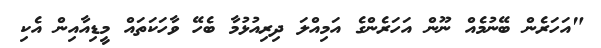
"އަހަރެން ބޭނުމެއް ނޫން އަހަރެންގެ އަމިއްލަ ދިރިއުޅުމާ ބެހޭ ވާހަކަތައް މީޑިއާއިން އެކި